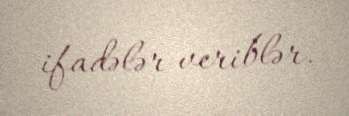
ifadələr veriblər.